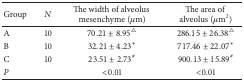
| Group | N | The width of alveolus mesenchyme (μm) | The area of alveolus (μm2) |
 | --- | --- | --- | --- |
 | A | 10 | 70.21 ± 8.95△ | 286.15 ± 26.38△ |
 | B | 10 | 32.21 ± 4.23* | 717.46 ± 22.07* |
 | C | 10 | 23.51 ± 2.73# | 900.13 ± 15.89# |
 | P |  | <0.01 | <0.01 |